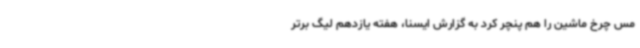
مس چرخ ماشین‌ را هم پنچر کرد به گزارش ایسنا، هفته یازدهم لیگ برتر